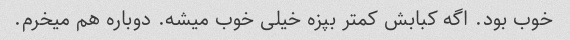
خوب بود. اگه کبابش کمتر بپزه خیلی خوب میشه. دوباره هم میخرم.